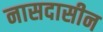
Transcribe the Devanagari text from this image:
नासदासीन